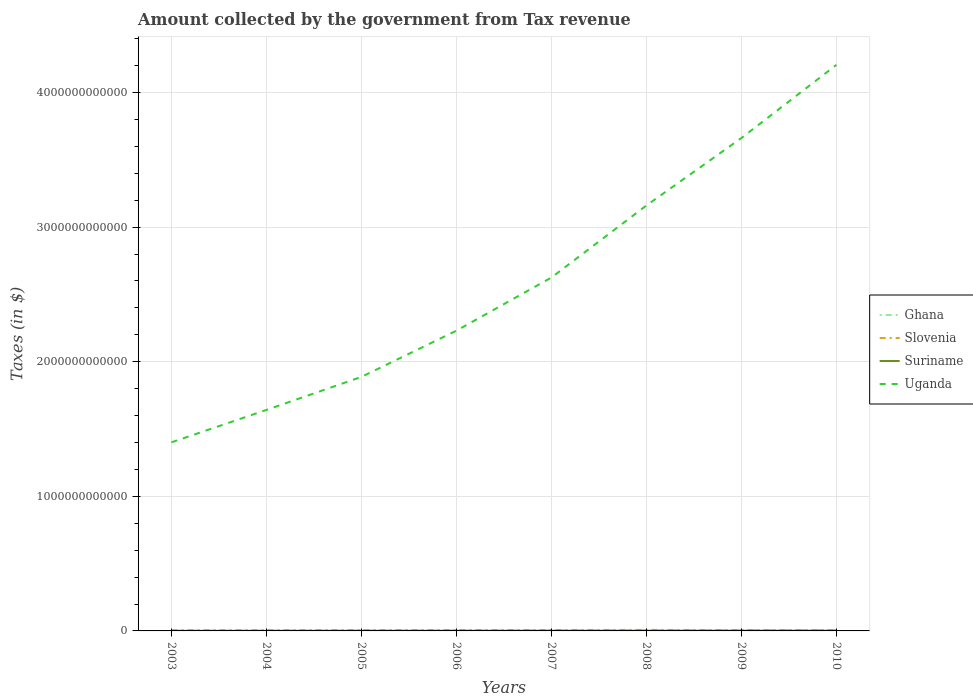
| Years | Ghana | Slovenia | Suriname | Uganda |
 | --- | --- | --- | --- | --- |
 | 2003 | 1.22e+09 | 5.23e+09 | 7.12e+08 | 1.4e+12 |
 | 2004 | 1.74e+09 | 5.57e+09 | 8.53e+08 | 1.64e+12 |
 | 2005 | 2.07e+09 | 5.9e+09 | 1.01e+09 | 1.89e+12 |
 | 2006 | 2.4e+09 | 6.52e+09 | 1.21e+09 | 2.23e+12 |
 | 2007 | 3.21e+09 | 6.79e+09 | 1.52e+09 | 2.63e+12 |
 | 2008 | 4.19e+09 | 7.43e+09 | 1.68e+09 | 3.16e+12 |
 | 2009 | 4.62e+09 | 6.38e+09 | 1.83e+09 | 3.66e+12 |
 | 2010 | 6.16e+09 | 6.07e+09 | 1.88e+09 | 4.21e+12 |